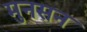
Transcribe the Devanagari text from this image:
मुनसन